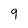
Character: 9